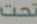
تحت